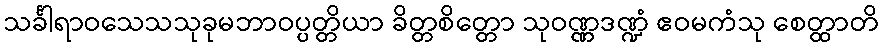
သင်္ခါရာဝသေသသုခုမဘာဝပ္ပတ္တိယာ ခိတ္တစိတ္တော သုဝဏ္ဏဒဏ္ဍံ ဧဝမကံသု စေတ္ထာတိ